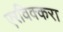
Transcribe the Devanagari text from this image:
एरविक्करा